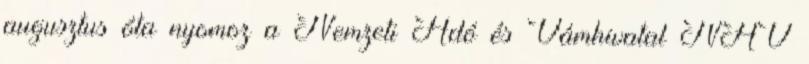
augusztus óta nyomoz a Nemzeti Adó és Vámhivatal NAV